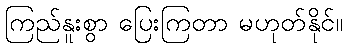
ကြည်နူးစွာ ပြေးကြတာ မဟုတ်နိုင်။